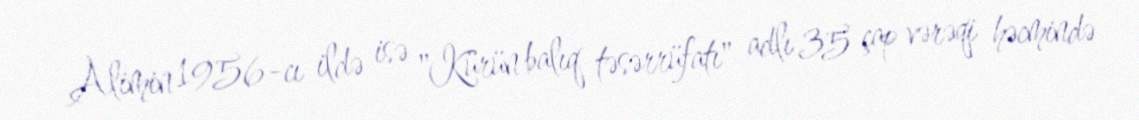
Alimin 1956-cı ildə isə "Kürün balıq təsərrüfatı" adlı 35 çap vərəqi həcmində